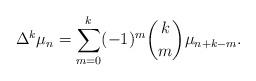
LaTeX: \begin{align*}\Delta^k\mu_n=\sum_{m=0}^k(-1)^m\binom{k}{m}\mu_{n+k-m}.\end{align*}